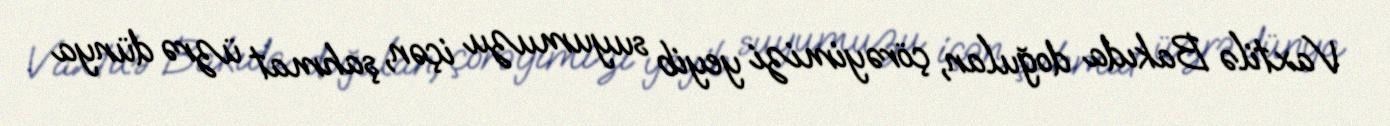
Vaxtilə Bakıda doğulan, çörəyimizi yeyib suyumuzu içən, şahmat üzrə dünya